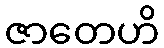
ဇာတေဟိ